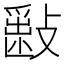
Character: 𣀎